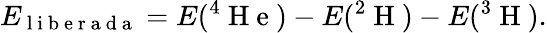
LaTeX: E_{\mathrm{~l~i~b~e~r~a~d~a~}}=E(^{4}\mathrm{~H~e~})-E(^{2}\mathrm{~H~})-E(^{3}\mathrm{~H~}).